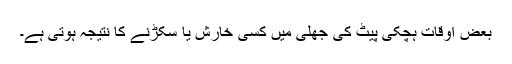
بعض اوقات ہچکی پیٹ کی جھلی میں کسی خارش یا سکڑنے کا نتیجہ ہوتی ہے۔